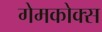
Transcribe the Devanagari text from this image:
गेमकोक्स